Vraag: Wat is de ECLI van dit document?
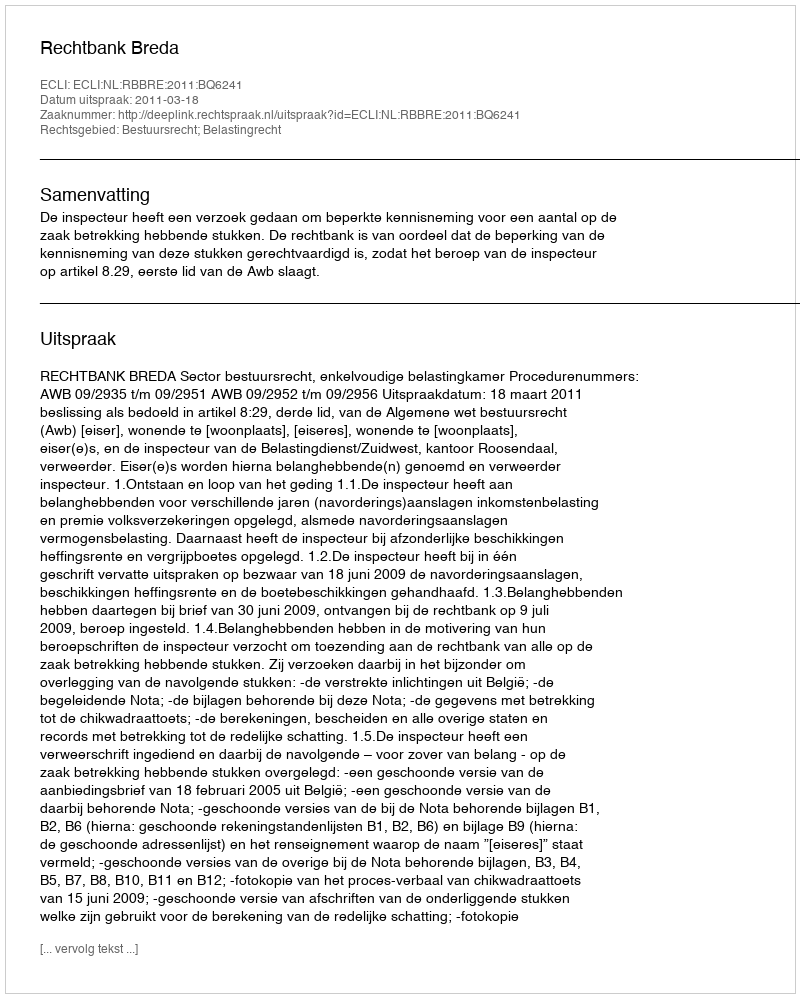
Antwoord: ECLI:NL:RBBRE:2011:BQ6241